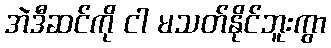
အဲဒီဆင်ကို ငါ မသတ်နိုင်ဘူးကွာ